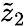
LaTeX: \tilde{z}_{2}